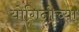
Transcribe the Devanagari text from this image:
योगिनीच्या